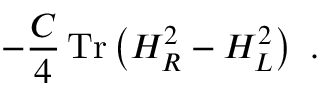
- \frac { C } { 4 } \, \mathrm { T r } \left( H _ { R } ^ { 2 } - H _ { L } ^ { 2 } \right) \ .